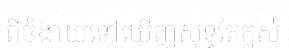
ពីចំងាយទៅឃើញសុទ្ធតែក្លស់